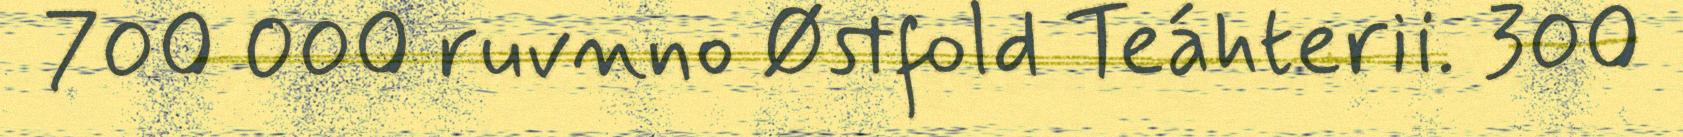
700 000 ruvnno Østfold Teáhterii. 300